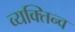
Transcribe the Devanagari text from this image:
व्यक्तिन्व